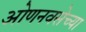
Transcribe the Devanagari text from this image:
ओणनवसेच्या